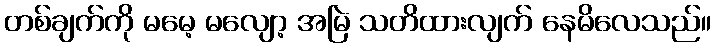
တစ်ချက်ကို မမေ့ မလျော့ အမြဲ သတိထားလျက် နေမိလေသည်။